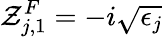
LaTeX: \mathcal{Z}_{j,1}^{F}=-i\sqrt{\epsilon_{j}}